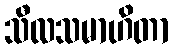
သီလသမာဟိတာ